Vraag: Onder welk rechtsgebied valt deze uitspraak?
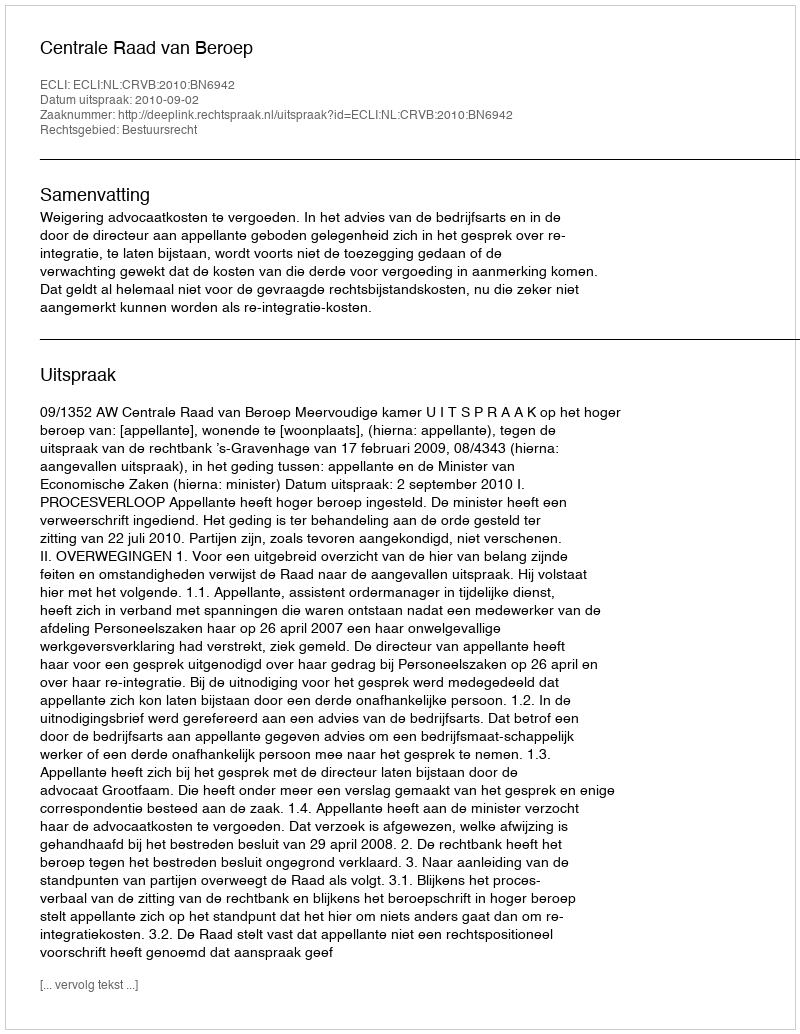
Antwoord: Bestuursrecht